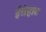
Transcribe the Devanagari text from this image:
ईत्तेहाद